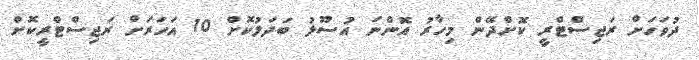
ދުވަހަށް ރަޖިސްޓްރީ ކޮށްދޭން މިހާރު އޮންނަ އުސޫލު ބަދަލުކޮށް 10 އަހަރަށް ރަޖިސްޓްރީކޮށް